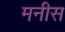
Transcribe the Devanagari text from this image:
मनीस